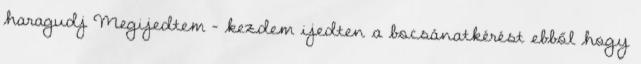
haragudj Megijedtem - kezdem ijedten a bocsánatkérést ebből hogy